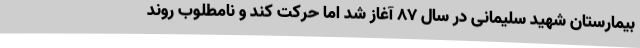
بیمارستان شهید سلیمانی در سال 87 آغاز شد اما حرکت کند و نامطلوب روند